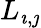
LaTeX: L_{\imath,\jmath}